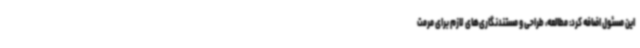
این مسئول اضافه کرد: مطالعه، طراحی و مستندنگاری‌های لازم برای مرمت